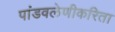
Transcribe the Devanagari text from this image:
पांडवलेणीकरिता